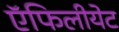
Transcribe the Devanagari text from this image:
ऍफिलीयेट